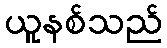
ယူနစ်သည်